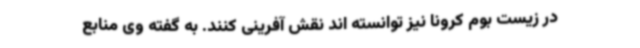
در زیست بوم کرونا نیز توانسته اند نقش آفرینی کنند. به گفته وی منابع